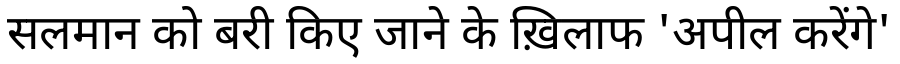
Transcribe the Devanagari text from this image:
सलमान को बरी किए जाने के ख़िलाफ 'अपील करेंगे'